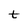
Character: t